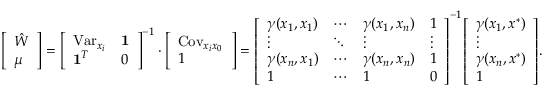
{ \left[ \begin{array} { l } { { \hat { W } } } \\ { \mu } \end{array} \right] } = { \left[ \begin{array} { l l } { \operatorname { V a r } _ { x _ { i } } } & { \mathbf { 1 } } \\ { \mathbf { 1 } ^ { T } } & { 0 } \end{array} \right] } ^ { - 1 } \cdot { \left[ \begin{array} { l } { \operatorname { C o v } _ { x _ { i } x _ { 0 } } } \\ { 1 } \end{array} \right] } = { \left[ \begin{array} { l l l l } { \gamma ( x _ { 1 } , x _ { 1 } ) } & { \cdots } & { \gamma ( x _ { 1 } , x _ { n } ) } & { 1 } \\ { \vdots } & { \ddots } & { \vdots } & { \vdots } \\ { \gamma ( x _ { n } , x _ { 1 } ) } & { \cdots } & { \gamma ( x _ { n } , x _ { n } ) } & { 1 } \\ { 1 } & { \cdots } & { 1 } & { 0 } \end{array} \right] } ^ { - 1 } { \left[ \begin{array} { l } { \gamma ( x _ { 1 } , x ^ { * } ) } \\ { \vdots } \\ { \gamma ( x _ { n } , x ^ { * } ) } \\ { 1 } \end{array} \right] } .